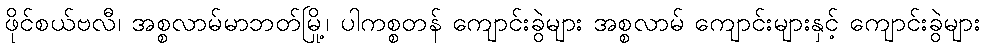
ဖိုင်စယ်ဗလီ၊ အစ္စလာမ်မာဘတ်မြို့၊ ပါကစ္စတန် ကျောင်းခွဲများ အစ္စလာမ် ကျောင်းများနှင့် ကျောင်းခွဲများ